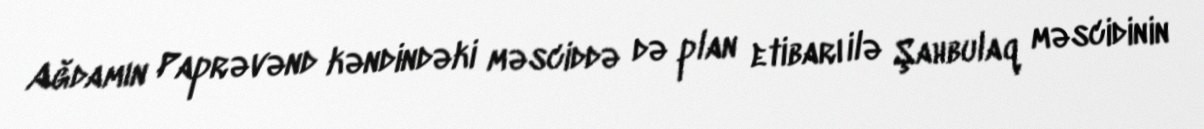
Ağdamın Paprəvənd kəndindəki məsciddə də plan etibarı ilə Şahbulaq məscidinin